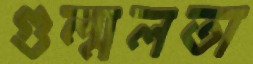
গুল্মলতা